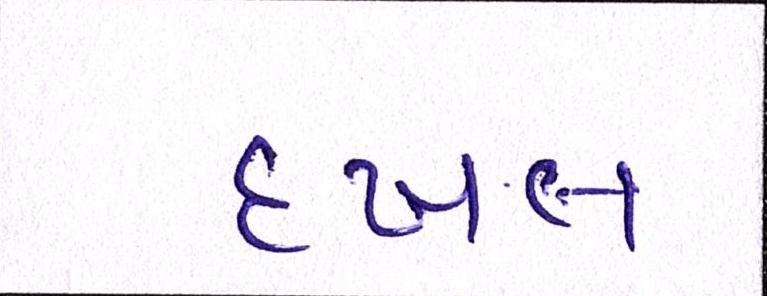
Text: દખલ